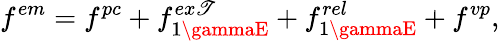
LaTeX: f^{em}=f^{pc}+f_{1\gammaE}^{ex\mathscr{T}}+f_{1\gammaE}^{rel}+f^{vp},